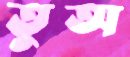
তুঅ